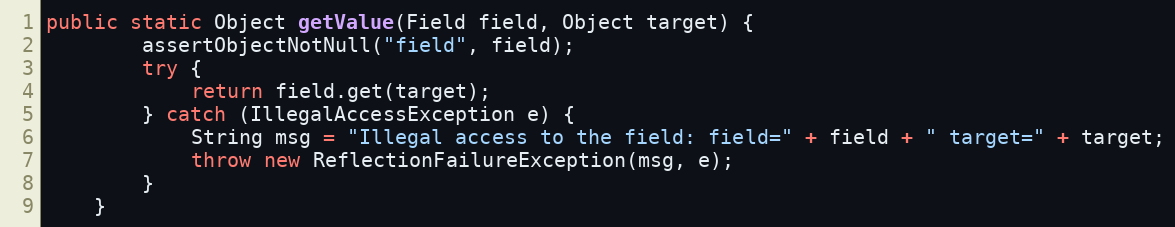
Language: Java
public static Object getValue(Field field, Object target) {
        assertObjectNotNull("field", field);
        try {
            return field.get(target);
        } catch (IllegalAccessException e) {
            String msg = "Illegal access to the field: field=" + field + " target=" + target;
            throw new ReflectionFailureException(msg, e);
        }
    }